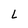
Character: L